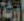
ارية